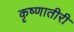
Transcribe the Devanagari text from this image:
कृष्णातीरी